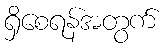
ရှိစေရန်အတွက်